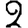
Digit: 2